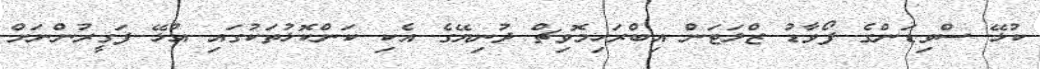
ކުޅޭ ސްވިޑަންގެ ފޯވާޑު ޒްލަޓަން އިބްރަހިމޮވިޗް ދުނިޔޭގެ އެކި ކަންކޮޅުތަކުގައި އުޅޭ ފަގީރުންނަށް